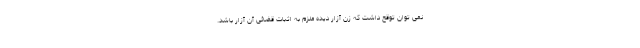
نمی توان توقع داشت که زن آزار دیده ملزم به اثبات قضائی آن آزار باشد.